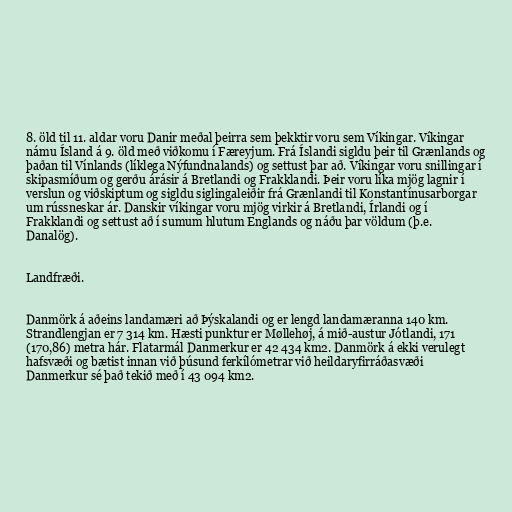
8. öld til 11. aldar voru Danir meðal þeirra sem þekktir voru sem Víkingar. Víkingar
námu Ísland á 9. öld með viðkomu í Færeyjum. Frá Íslandi sigldu þeir til Grænlands og
þaðan til Vínlands (líklega Nýfundnalands) og settust þar að. Víkingar voru snillingar í
skipasmíðum og gerðu árásir á Bretlandi og Frakklandi. Þeir voru líka mjög lagnir í
verslun og viðskiptum og sigldu siglingaleiðir frá Grænlandi til Konstantínusarborgar
um rússneskar ár. Danskir víkingar voru mjög virkir á Bretlandi, Írlandi og í
Frakklandi og settust að í sumum hlutum Englands og náðu þar völdum (þ.e.
Danalög).

Landfræði.

Danmörk á aðeins landamæri að Þýskalandi og er lengd landamæranna 140 km.
Strandlengjan er 7 314 km. Hæsti punktur er Møllehøj, á mið-austur Jótlandi, 171
(170,86) metra hár. Flatarmál Danmerkur er 42 434 km2. Danmörk á ekki verulegt
hafsvæði og bætist innan við þúsund ferkílómetrar við heildaryfirráðasvæði
Danmerkur sé það tekið með í 43 094 km2.